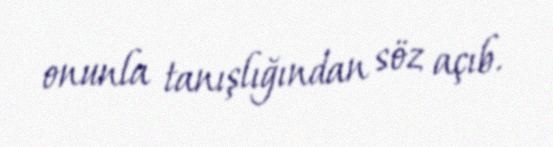
onunla tanışlığından söz açıb.